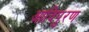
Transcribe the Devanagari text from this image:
आदिपुरण